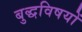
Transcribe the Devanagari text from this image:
बुद्धविषयों